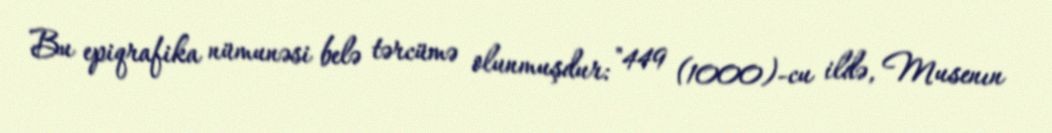
Bu epiqrafika nümunəsi belə tərcümə olunmuşdur: "449 (1000)-cu ildə, Musenın